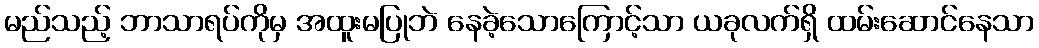
မည်သည့် ဘာသာရပ်ကိုမှ အထူးမပြုဘဲ နေခဲ့သောကြောင့်သာ ယခုလက်ရှိ ထမ်းဆောင်နေသာ